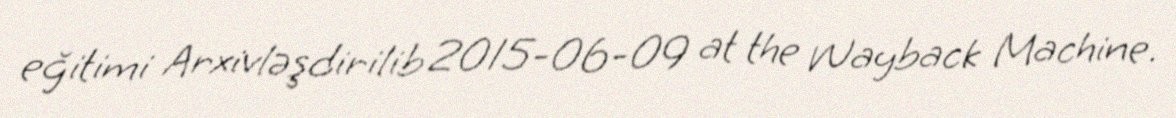
eğitimi Arxivləşdirilib 2015-06-09 at the Wayback Machine.